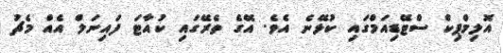
އޮލިމްޕިކް ސްޓޭޑިއަމްގައި ކުޅޭނެ އެވެ. އޭގެ ތެރޭގައި ކުއާޓަ ފައިނަލް އެއް މެޗު